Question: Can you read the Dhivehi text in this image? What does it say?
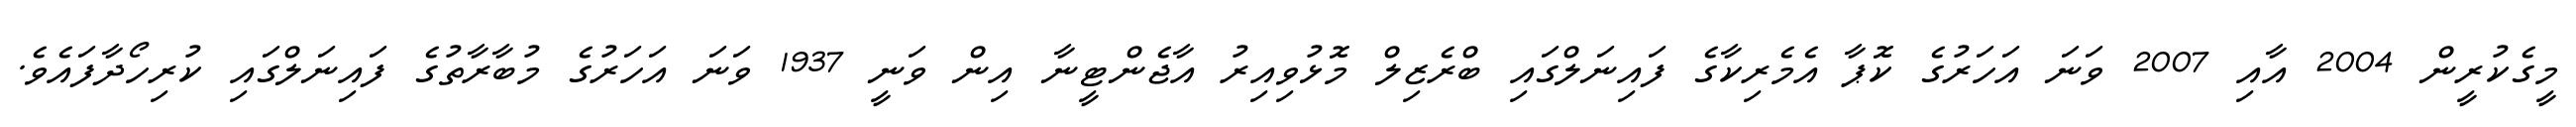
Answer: މީގެކުރީން 2004 އާއި 2007 ވަނަ އަހަރުގެ ކޮޕާ އެމެރިކާގެ ފައިނަލްގައި ބްރެޒިލް މޮޅުވިއިރު އާޖެންޓީނާ އިން ވަނީ 1937 ވަނަ އަހަރުގެ މުބާރާތުގެ ފައިނަލްގައި ކުރިހޯދާފައެވެ.